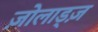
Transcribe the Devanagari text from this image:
ज़ोलाड्ज़